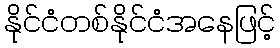
နိုင်ငံတစ်နိုင်ငံအနေဖြင့်